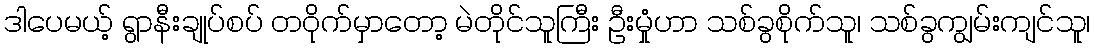
ဒါပေမယ့် ရွာနီးချုပ်စပ် တဝိုက်မှာတော့ မဲတိုင်သူကြီး ဦးမှုံဟာ သစ်ခွစိုက်သူ၊ သစ်ခွကျွမ်းကျင်သူ၊